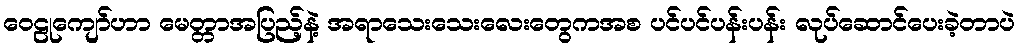
ဝေဠုကျော်ဟာ မေတ္တာအပြည့်နဲ့ အရာသေးသေးလေးတွေကအစ ပင်ပင်ပန်းပန်း လုပ်ဆောင်ပေးခဲ့တာပဲ